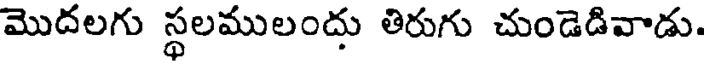
మొదలగు స్థలములందు తిరుగు చుండెడివాడు.